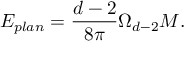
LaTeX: E _ { p l a n } = \frac { d - 2 } { 8 \pi } \Omega _ { d - 2 } M .